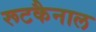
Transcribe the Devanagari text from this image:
रूटकैनाल